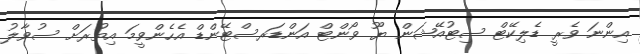
އިންނަ ވެރީ ޑެލިކޭޓް ސިޓުއޭޝަން ޔޫ ވޯންޓް އަންޑަރސްޓޭންޑް އެހެންވީމަ އިތުރަށް ސުވާލު